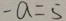
- a = 5